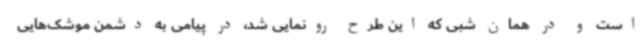
است و در همان شبی که این طرح رونمایی شد، در پیامی به دشمن موشک‌هایی